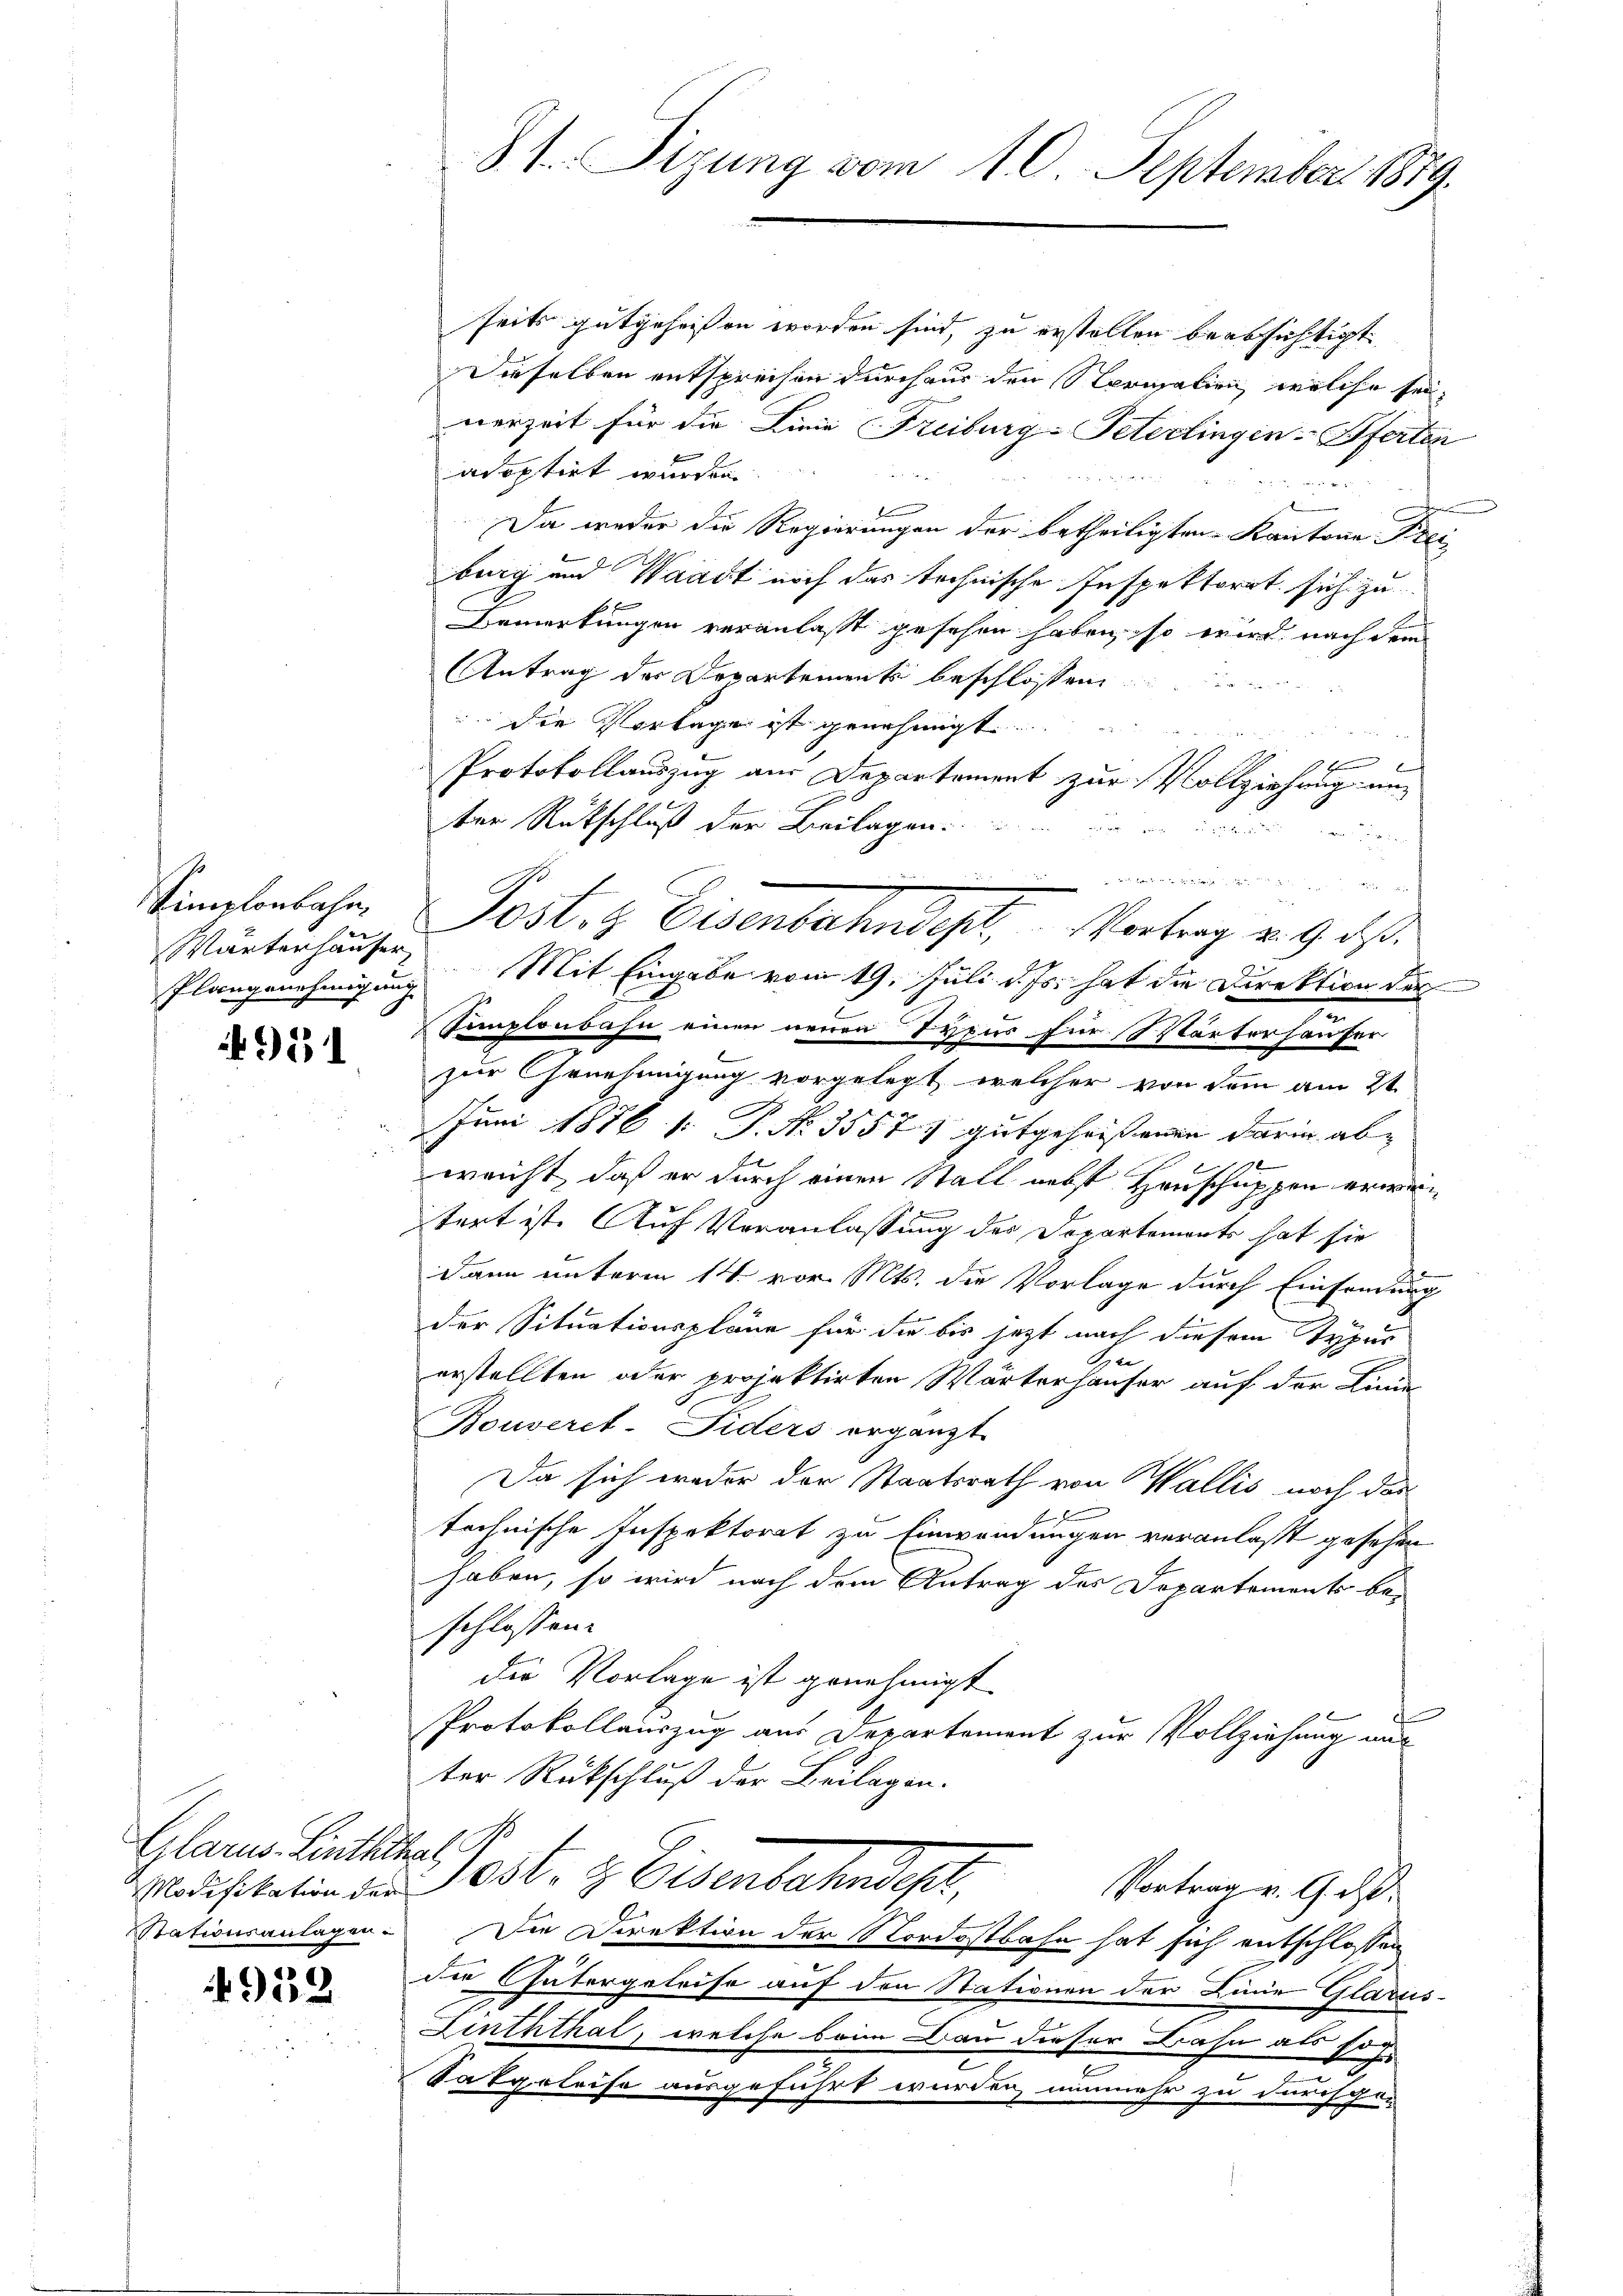
Wärterhäuser

951

Glarus Linththal

4952

seits gutgeheissen worden sind, zu erstellen beabsichtigt
Dieselben entsprechen durchaus den Vormalien, welche sei,
nerzeit für die Linie Freiburg-Peterlingen Pferten
e
adoptirt wurden.
u
Da weder die Regierungen der betheiligten Kantone Freiburg und Waadt noch das technische Inspektorrt sich zu
Bemerkungen veranlaßt gesehen haben, so wird nach dem
Antrag der Departement beschlossen
 die Vorlage ist genehmigt.
x
Protokollauszug am Departement zur Vollziehung un
ber Rutschluß der Beilagen
u
Plangenehmigung Mit Eingabe vom 19. Juli d. Js. hat die Direktion der
emplonbahn einen neuen Typus für Wärterhauser
zur Genehmigung vorgelegt, welcher von dem am 2t
Juni 1876 f: P. No. 35577 gutgeheissenen darin ab- |
weicht, daß er durch einen Stall nebst Hauschuppen erwentert ist. Auf Veranlassung des Departements hat sie
dann unterm 14. vor. Mts. die Vorlage durch Einsendung
der Situationspläne für die bis jetzt nach diesem Typus
Opre
erstellten oder projektirten Wärterhäuser auf der Linie
Bouverst-Fiders ergänzt.
Da sich weder der Staatsrath von Wallis noch der
x
technische Inspektorat zu Einwendungen veranlaßt gesehen
haben, so wird nach dem Antrag des Dopartements be-
schlossen:
die Vorlage ist genehmigt.
s
Protokollauszug aus Departement zur Vollziehung mit
ter Rückschluß der Beilagen.
Modifikation den Post. 3. Eisenbahndisch,
Vortrag v. 9. ds.
Stationsanlagen. Die Direktion der Nordostbahn hat sich entschlossen
die Gütergeleise auf den Stationen der Linie Glarus-
Linththal, welche beim Bau dieser Bahn als so h
E
Sakgeleise ausgeführt wurden, nunmehr zu durchge-

§. 1. Sizung vom 10. September 1879.

wortung, wie
Simplonbahn, Post. Eisenbahndept, Vortrag v. 9. ds.